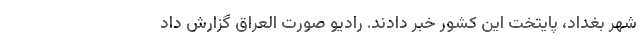
شهر بغداد، پایتخت این کشور خبر دادند. رادیو صورت العراق گزارش داد